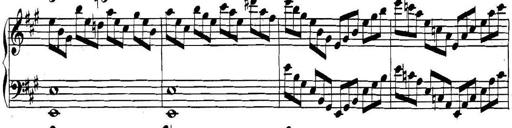
Title: Collected Piano Sonatas
Composer: Muzio Clementi